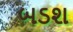
બડશ